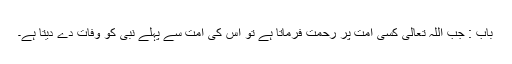
باب : جب اللہ تعالیٰ کسی امت پر رحمت فرماتا ہے تو اس کی امت سے پہلے نبی کو وفات دے دیتا ہے۔